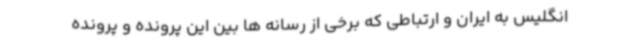
انگلیس به ایران و ارتباطی که برخی از رسانه ها بین این پرونده و پرونده